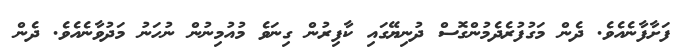
ފަށާފާނެއެވެ. ދެން މަގުފުރެދެމުންގޮސް ދުނިޔޭގައި ކާފިރުން ގިނަވެ މުއުމިނުން ނުހަނު މަދުވާނެއެވެ. ދެން